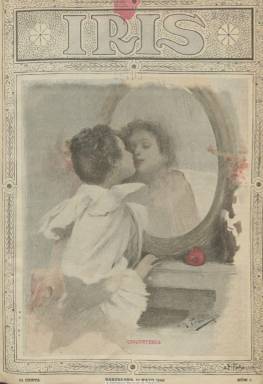
Título: Iris (Barcelona. 1899)
Colección: Revistas de información general
Ámbito geográfico: Barcelona
Lugar de publicación: Barcelona
Fechas: 13/05/1899-31/12/1904

Título que corresponde al carácter “colorista” de una publicación que se subtitula “revista semanal ilustrada”, que intenta contribuir al progreso de la cultura nacional a través del conocimiento artístico y literario dentro de los márgenes morales. Con profusión de ilustraciones, dibujos, láminas, fotografías y textos de creación literaria en prosa y verso, como cuentos y otras narraciones. Editó 295 números en cuadernos de una veintena de páginas y con cubierta a color, que al final era impresa sólo en blanco y negro. Se dieron cita en esta revista ilustradores como José M. Tamburini y J. Benavent. Aparecen textos de Dionisio Pérez, José de Siles, Eduardo Blasco, Alfonso Pérez Nieva, Rafael Torromé, Tomás Carretero, Manuel de Palacio y Pastora Echegaray entre otros. Aparecen crónicas y artículos de eventos culturales y religioso-artísticos, junto a informaciones de actualidad artística y social, tiras cómicas, pasatiempos, charadas y epigramas. Acoge también instantáneas de fotógrafos locales de las distintas capitales españolas.